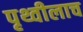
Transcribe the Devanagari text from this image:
पृथ्वीलाच